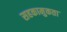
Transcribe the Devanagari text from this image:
सहकामुकता